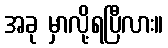
အခု မှာလို့ရပြီလား။